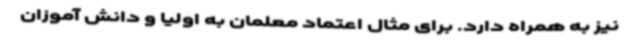
نیز به همراه دارد. برای مثال اعتماد معلمان به اولیا و دانش آموزان